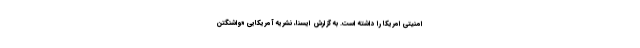
امنیتی امریکا را داشته است. به گزارش ایسنا، نشریه آمریکایی «واشنگتن